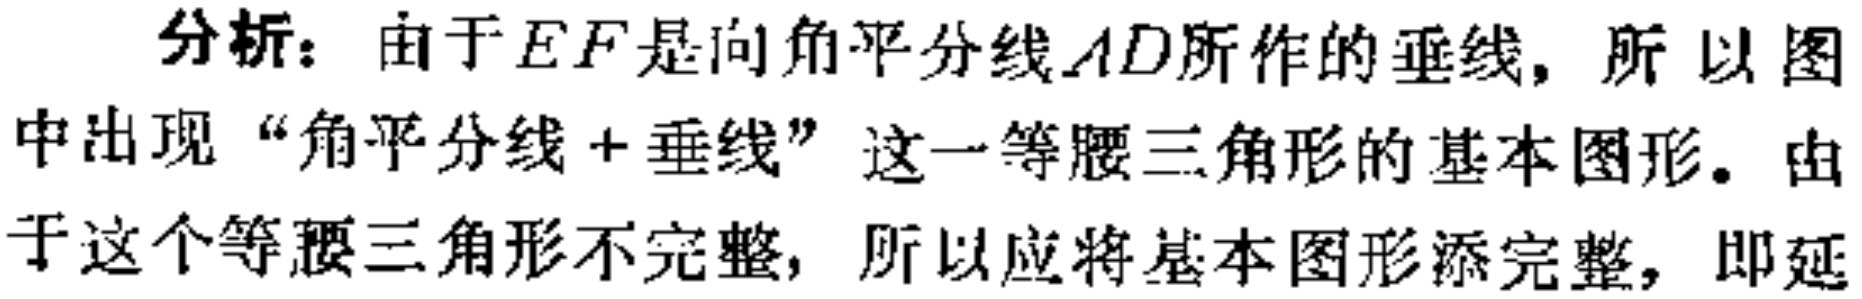
分析：由于\(EF\)是向角平分线\(AD\)所作的垂线，所以图中出现“角平分线+垂线”这一等腰三角形的基本图形。由于这个等腰三角形不完整，所以应将基本图形添完整，即延